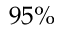
9 5 \%